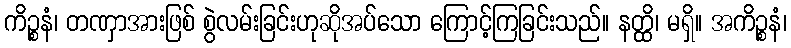
ကိဉ္စနံ၊ တဏှာအားဖြစ် စွဲလမ်းခြင်းဟုဆိုအပ်သော ကြောင့်ကြခြင်းသည်။ နတ္ထိ၊ မရှိ။ အကိဉ္စနံ၊